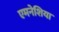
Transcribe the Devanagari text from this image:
एमनेशिया